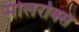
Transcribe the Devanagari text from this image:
मोलरोक्स